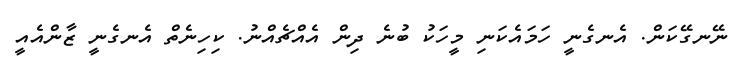
ނޭނގޭކަން. އެނގެނީ ހަމައެކަނި މީހަކު ބުނެ ދިން އެއްޗެއްނު. ކިހިނެތް އެނގެނީ ޒާންއެއީ